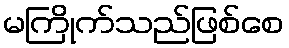
မကြိုက်သည်ဖြစ်စေ